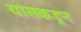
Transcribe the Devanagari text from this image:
यांसकडून